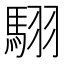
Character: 𮪄